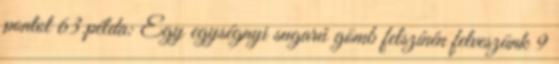
pontot 63.példa: Egy egységnyi sugarú gömb felszínén felveszünk 9